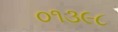
૦૧૩૯૮